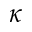
\kappa